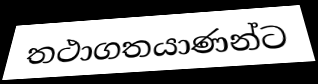
තථාගතයාණන්ට